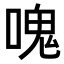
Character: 𠺌